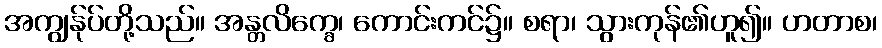
အကျွန်ုပ်တို့သည်။ အန္တလိက္ခေ၊ ကောင်းကင်၌။ စရာ၊ သွားကုန်၏ဟူ၍။ ဟတာစ၊